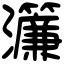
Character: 𤅄